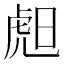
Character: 䖑